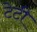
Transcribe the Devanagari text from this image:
टेटी